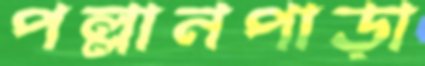
পল্লানপাড়া